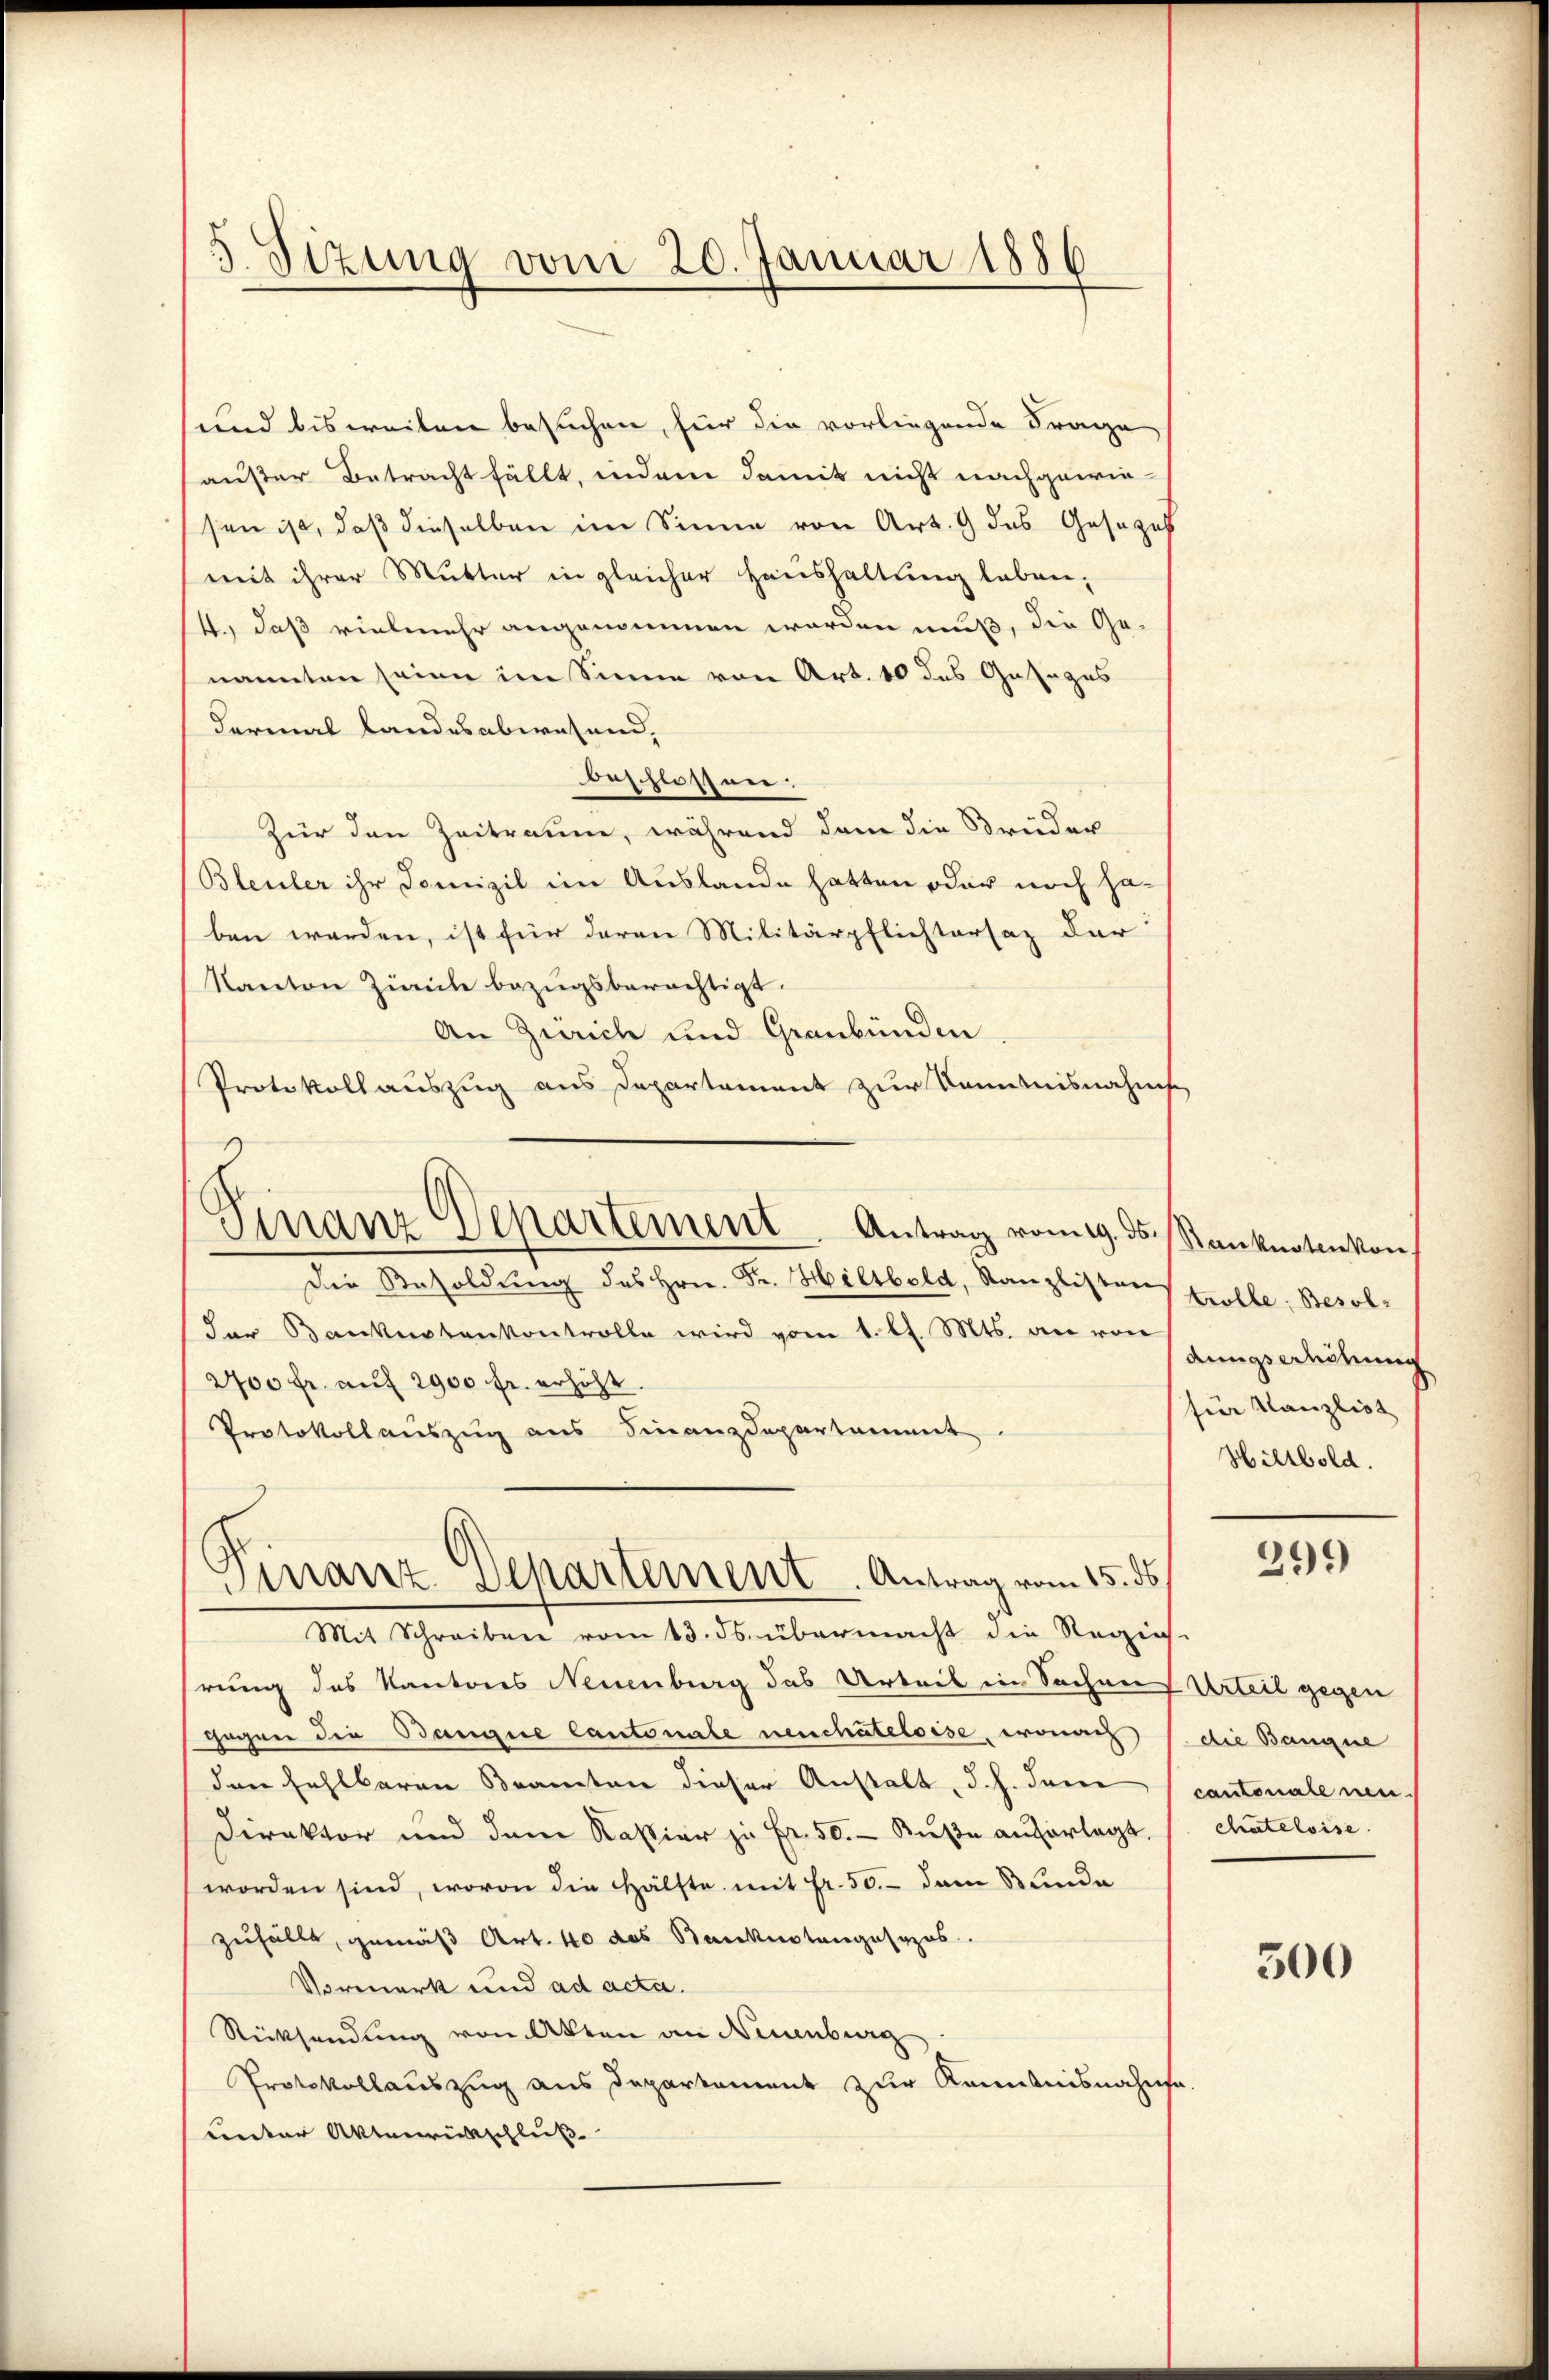
5 Sizung vom 20. Januar 1886

und bisweilen besuchen, für die vorliegende Frage
auser Betracht fällt, indem damit nicht nachgewie-
sen ist, daß dieselben im Sinne von Art. 9 das Gesezes
mit ihrer Mutter in gleicher Haushaltung leben,
4., daß vielmehr angenommen worden muß, die Ge-
nannten seine im Sinne von Art. 10 des Gesages
dermal landesabwesend.
beschlossner.
Zür den Zeitraum, während dem die Brüder
Bleuler ihr Domizil im Auslande hatten oder noch haben werden, ist für daren Militärpflichtersaz der
Kanton Zivile bezugsberechtigt.
An Zürich und Graubünden
Protokollauszug aus Departement zur Kenntnisnahms
Die Besoldŭng des Hrn. Fr. Hiltbold, Kanzlistens trolle: Besolder Banknotenkontrolle wird vom 1. l. Mts. an von stungserhöhung
200 fr. auf 2900 fr. erhöht.
Protokollauszug aus Finanzdepartament.
Finanz Departement. Antrag vom 15. ds
Mit Schreiben vom 13. ds. übermacht die Regie
hrung des Kantons Neuenburg das Arbeit in Sachen
gegen die Banque Cantonale neuchâteloise, wonach
den Fehlbaren Beamten dieser Anstalt, d. h. dem
Direktor und dem Kassier zu Fr. 50. - Buße auferlegt.
worden sind, wovon die Hälfte mit fr. 50.- dem Bunde
zufällt, gemäß Art. 40 des Banknotengesopos.
Vormerk und ad acta.
Rücksendung von Akten an Neuenburg
Protokollauszug aus Departement zur Kenntnisnahms
unter Aktenrückschluß

Finanz-Departement Antrag vom 9. ds. Ranknoten von

für Kanzlist
Hillbold.

299

Urteil gegen
die Bangne
cantonalenen.
chateloise.

500